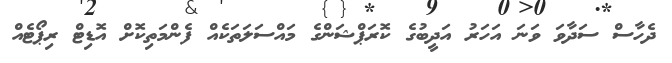
ދެހާސް ސަދާވަ ވަނަ އަހަރު އަދީބުގެ ކޮރަޕްޝަންގެ މައްސަލަތަކެއް ފެންމަތިކޮށް އޮޑިޓް ރިޕޯޓެއް